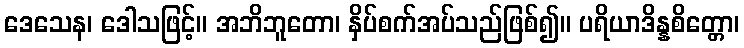
ဒေသေန၊ ဒေါသဖြင့်။ အဘိဘူတော၊ နှိပ်စက်အပ်သည်ဖြစ်၍။ ပရိယာဒိန္နစိတ္တော၊